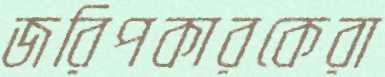
জরিপকারকেরা